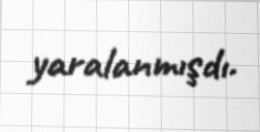
yaralanmışdı.